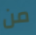
من